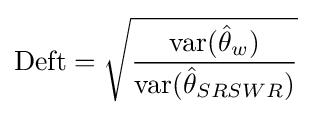
{\text{Deft}}={\sqrt {\frac {{\text{var}}({\hat {\theta }}_{w})}{{\text{var}}({\hat {\theta }}_{SRSWR})}}}